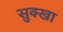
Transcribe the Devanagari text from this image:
सुक्खा